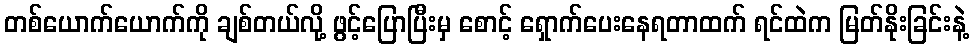
တစ်ယောက်ယောက်ကို ချစ်တယ်လို့ ဖွင့်ပြောပြီးမှ စောင့် ရှောက်ပေးနေရတာထက် ရင်ထဲက မြတ်နိုးခြင်းနဲ့